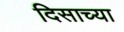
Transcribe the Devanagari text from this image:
दिसाच्या